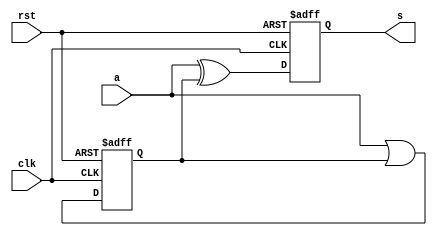
module TCMP(clk, rst, a, s);
    input clk, rst;
    input a;
    output reg s;

    reg z;

    always @(posedge clk  or posedge rst) begin
        if (rst) begin
            //Reset logic goes here.
            s <= 1'b0;
            z <= 1'b0;
        end
        else begin
            //Sequential logic goes here.
            z <= a | z;
            s <= a ^ z;
        end
    end
endmodule

module CSADD(clk, rst, x, y, sum);
    input clk, rst;
    input x, y;
    output reg sum;

    reg sc;

    // Half Adders logic
    wire hsum1, hco1;
    assign hsum1 = y ^ sc;
    assign hco1 = y & sc;

    wire hsum2, hco2;
    assign hsum2 = x ^ hsum1;
    assign hco2 = x & hsum1;

    always @(posedge clk or posedge rst) begin
        if (rst) begin
            //Reset logic goes here.
            sum <= 1'b0;
            sc <= 1'b0;
        end
        else begin
            //Sequential logic goes here.
            sum <= hsum2;
            sc <= hco1 ^ hco2;
        end
    end
endmodule

module SPM(clk, rst, x, y, p);
    parameter size = 32;
    input clk, rst;
    input y;
    input[size-1:0] x;
    output p;

    wire[size-1:1] pp;
    wire[size-1:0] xy;

    genvar i;

    CSADD csa0 (.clk(clk), .rst(rst), .x(x[0]&y), .y(pp[1]), .sum(p));
    generate for(i=1; i<size-1; i=i+1) begin
        CSADD csa (.clk(clk), .rst(rst), .x(x[i]&y), .y(pp[i+1]), .sum(pp[i]));
    end endgenerate
    TCMP tcmp (.clk(clk), .rst(rst), .a(x[size-1]&y), .s(pp[size-1]));

endmodule

module AHB_SPM #(parameter SIZE=32) (
    input  wire         HCLK,      
    input  wire         HRESETn,   
    input  wire         HSEL,      
    input  wire         HREADY,    
    input  wire [1:0]   HTRANS,    
    input  wire [2:0]   HSIZE,     
    input  wire         HWRITE,    
    input  wire [31:0]  HADDR,     
    input  wire [31:0]  HWDATA,    
    output wire         HREADYOUT, 
    output wire [1:0]   HRESP,
    output wire [31:0]  HRDATA
);

    localparam  X_OFF = 0, Y_OFF = 4, P1_OFF = 8, P2_OFF = 12;
    localparam  S0=0, S1=1, S2=2, S3=3;

    reg [7:0]   AHB_ADDR;    
    wire        ahb_access   = HTRANS[1] & HSEL & HREADY;
    wire        _ahb_write_    = ahb_access &  HWRITE;
    wire        ahb_read     = ahb_access & (~HWRITE);
    reg         AHB_WRITE;
    reg         AHB_READ;

    wire        p;
    reg [31:0]  X, Y, P0, P1; 
    reg [7:0]   CNT, ncnt;

    reg [3:0]   STATE, nstate;

    always @(posedge HCLK or negedge HRESETn)
    if(~HRESETn) begin
        AHB_WRITE   <=  1'b0;
        AHB_READ    <=  1'b0;
        AHB_ADDR    <=  8'b0;
    end
    else begin
        AHB_WRITE   <=  _ahb_write_;
        AHB_READ    <=  ahb_read;
        AHB_ADDR    <=  HADDR[7:0];  
    end

    always @(posedge HCLK or negedge HRESETn)
        if(~HRESETn)
            X  <= 32'b0;
        else if(AHB_WRITE && (AHB_ADDR == X_OFF))
            X <= HWDATA;

    always @(posedge HCLK or negedge HRESETn)
        if(~HRESETn)
            Y  <= 32'b0;
        else if(AHB_WRITE && (AHB_ADDR == Y_OFF))
            Y <= HWDATA;
        else if(STATE==S1) Y <= Y >> 1;

    always @(posedge HCLK or negedge HRESETn)
        if(~HRESETn)
            P0  <= 32'b0;
        else if(STATE==S1)
            P0 <= {p,P0[31:1]};

    always @(posedge HCLK or negedge HRESETn)
        if(~HRESETn)
            STATE  <= S0;
        else 
            STATE <= nstate;

    always @*
        case(STATE)
            S0: if(AHB_WRITE && (AHB_ADDR == Y_OFF)) nstate=S1; else nstate=S0;
            S1: if(CNT==31) nstate=S0; else nstate=S1;
        endcase
    
    always @(posedge HCLK or negedge HRESETn)
        if(~HRESETn)
            CNT  <= 8'd0;
        else 
            CNT <= ncnt;

    always @* begin
        ncnt = 0;
        if(CNT==31) ncnt <= 0;
        else if(STATE==S1) ncnt=CNT+1;
    end

    SPM spm(
      .clk(~HCLK),
      .rst(~HRESETn),
      .x(X),
      .y(Y[0]),
      .p(p)
    );

    assign HREADYOUT = (STATE == S0);

    assign HRDATA = P0;

endmodule